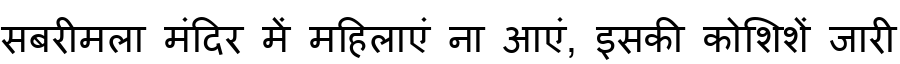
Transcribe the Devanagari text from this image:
सबरीमला मंदिर में महिलाएं ना आएं, इसकी कोशिशें जारी